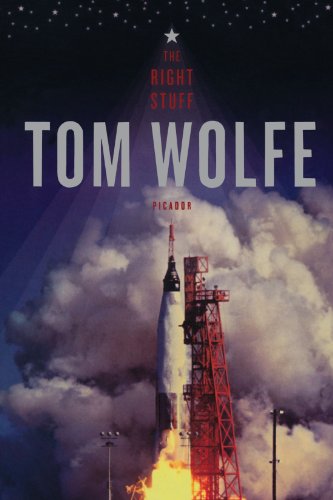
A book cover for The Right Stuff; Tom Wolfe; Engineering & Transportation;